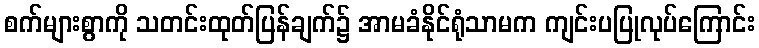
စက်များစွာကို သတင်းထုတ်ပြန်ချက်၌ အာမခံနိုင်ရုံသာမက ကျင်းပပြုလုပ်ကြောင်း